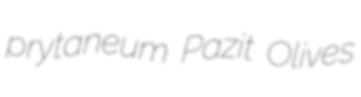
prytaneum Pazit Olives